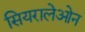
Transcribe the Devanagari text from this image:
सियरालेओन